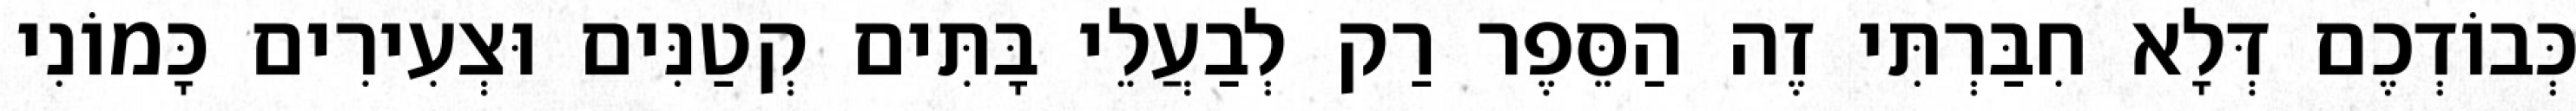
כְּבוֹדְכֶם דְּלָא חִבַּרְתִּי זֶה הַסֵּפֶר רַק לְבַעֲלֵי בָּתִּים קְטַנִּים וּצְעִירִים כָּמוֹנִי